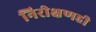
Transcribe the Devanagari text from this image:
निरीक्षणही